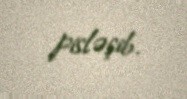
pisləşib.